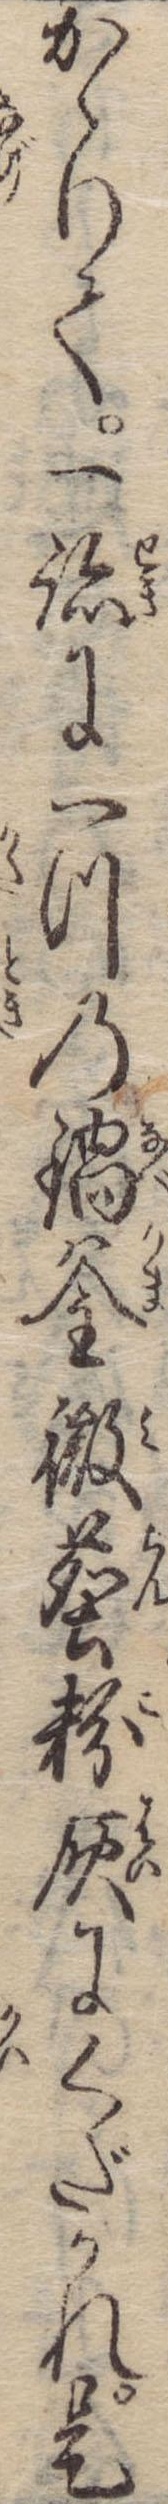
かゝりて一跡に一つの鍋釜微塵粉灰にくだかれ是